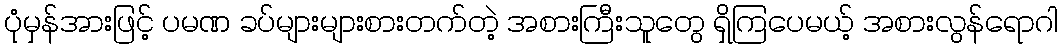
ပုံမှန်အားဖြင့် ပမဏ ခပ်များများစားတက်တဲ့ အစားကြီးသူတွေ ရှိကြပေမယ့် အစားလွန်ရောဂါ